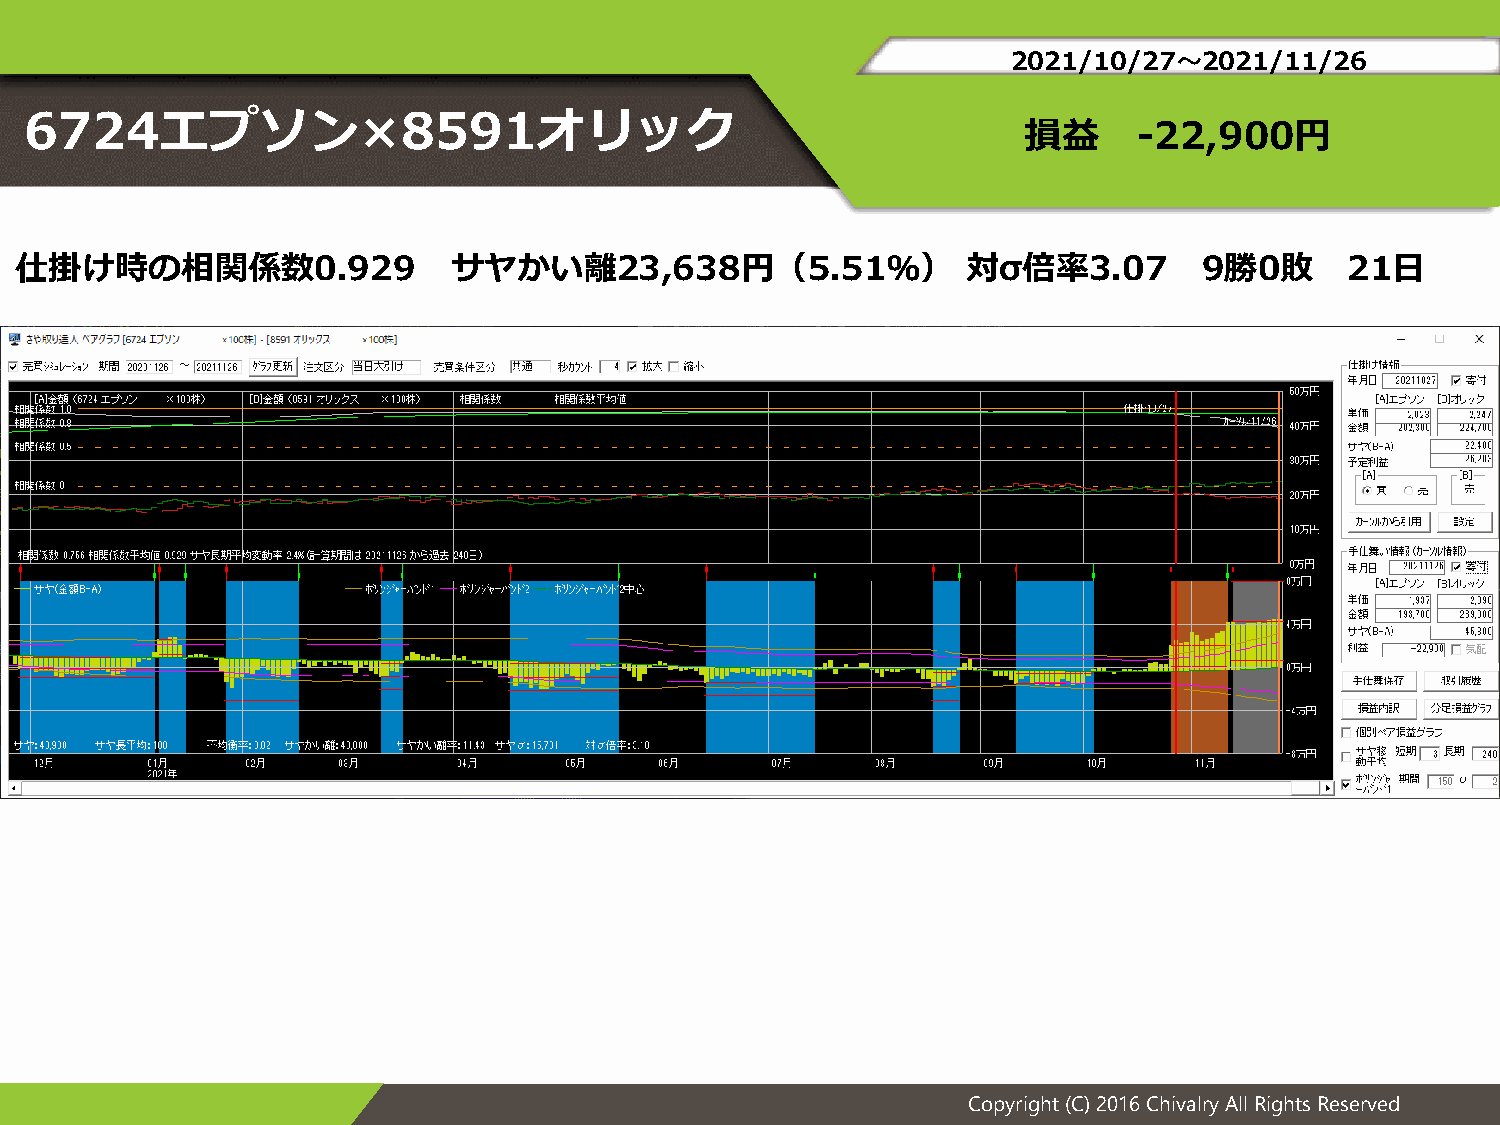
2021/10/27～2021/11/26
 6724エプソン×8591オリック
 損益     -22,900円
 仕掛け時の相関係数0.929               サヤかい離23,638円（5.51％）               対σ倍率3.07        9勝0敗     21日
 Copyright (C) 2016 Chivalry All Rights Reserved